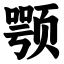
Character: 颚